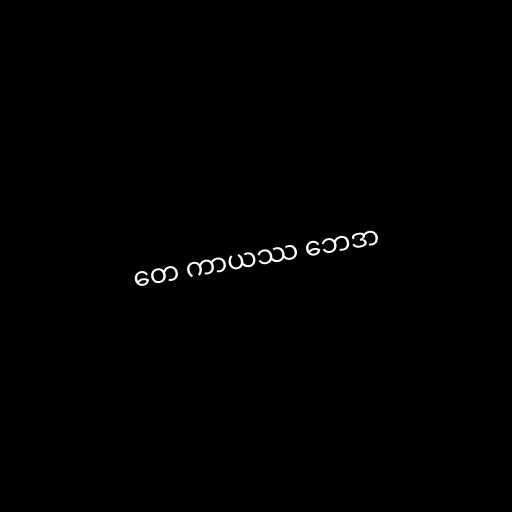
တေ ကာယဿ ဘေဒာ